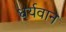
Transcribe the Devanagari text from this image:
धर्यवान